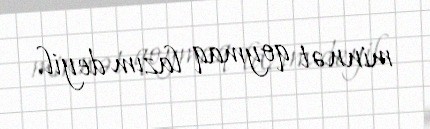
minnət qoymaq lazım deyil.